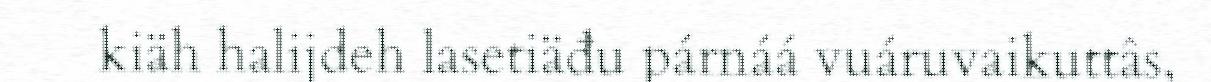
kiäh halijdeh lasetiäđu párnáá vuáruvaikuttâs,